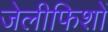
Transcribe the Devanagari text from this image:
जेलीफिशों